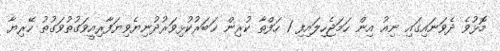
މޮޅުވެ ދެވަނައިގައި ނިއު އިން ހަމަޖެހިލައިފި 1 ހަފްތާ ކުރިން ޚަބަރުކުޅިވަރުދުނިޔެވިޔަފާރިއީވަގުތުވަގުތު ހޭރިޔާ